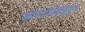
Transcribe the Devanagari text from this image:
आवाजाबरहुकूम